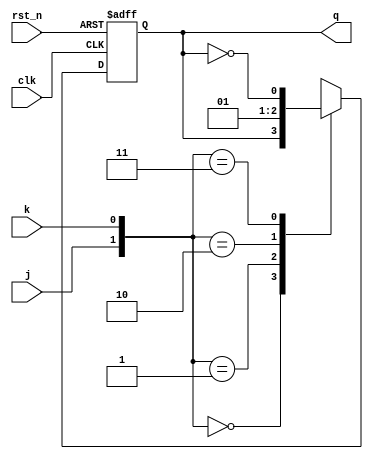
module dut(clk, rst_n, j, k, q);

	input clk, rst_n, j, k;

	output q;
	reg q_reg, q_next;
	assign q = q_reg;

	always @(posedge clk, negedge rst_n) begin
		
		if(!rst_n)
			q_reg <= 0;
		else
			q_reg <= q_next;
	end

	always @(j, k) begin
		case ({j,k})
			2'b00: begin
				q_next = q_reg;
			end 
			2'b01: begin
				q_next = 0;
			end 
			2'b10: begin
				q_next = 1;
			end 
			2'b11: begin
				q_next = ~q_reg;
			end 
		endcase
	end

endmodule